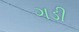
ગડી